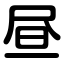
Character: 昼